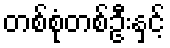
တစ်စုံတစ်ဦးနှင့်